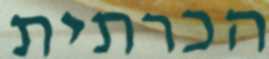
הכרתית